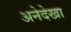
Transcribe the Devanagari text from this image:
अनेदेखा